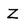
Character: Z